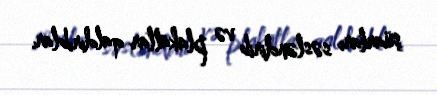
şüarları səsləndirib və plakatlar qaldırıblar.